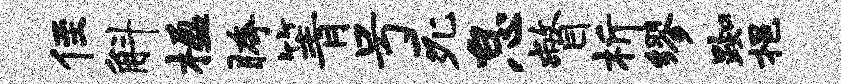
侄斛楹胯箐号死怠瞥析缪踟挹